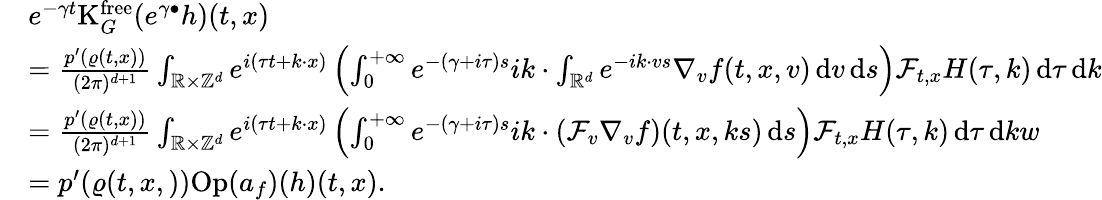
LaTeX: \begin{array}{rl}&{e^{-\gamma t}\mathrm{K}_{G}^{\mathrm{free}}(e^{\gamma\bullet}h)(t,x)}\\ &{=\frac{p^{\prime}(\varrho(t,x))}{(2\pi)^{d+1}}\int_{\mathbb R\times\mathbb Z^{d}}e^{i(\tau t+k\cdot x)}\left(\int_{0}^{+\infty}e^{-(\gamma+i\tau)s}ik\cdot\int_{\mathbb R^{d}}e^{-ik\cdot vs}\nabla_{v}f(t,x,v)\, \mathrm{d}v\, \mathrm{d}s\right)\mathcal{F}_{t,x}H(\tau,k)\, \mathrm{d}\tau\, \mathrm{d}k}\\ &{=\frac{p^{\prime}(\varrho(t,x))}{(2\pi)^{d+1}}\int_{\mathbb R\times\mathbb Z^{d}}e^{i(\tau t+k\cdot x)}\left(\int_{0}^{+\infty}e^{-(\gamma+i\tau)s}ik\cdot\left(\mathcal{F}_{v}\nabla_{v}f\right)(t,x,ks)\, \mathrm{d}s\right)\mathcal{F}_{t,x}H(\tau,k)\, \mathrm{d}\tau\, \mathrm{d}kw}\\ &{=p^{\prime}(\varrho(t,x,))\mathrm{Op}(a_{f})(h)(t,x).}\end{array}